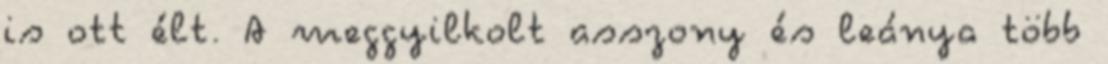
is ott élt. A meggyilkolt asszony és leánya több